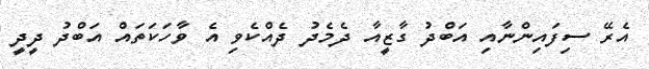
އެރޭ ސިފައިންނާއި އަބްދު ގާޒީއާ ދެމެދު ދެއްކެވި އެ ވާހަކަތައް އަބްދު ދީދީ